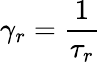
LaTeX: \gamma_{r}=\frac{1}{\tau_{r}}